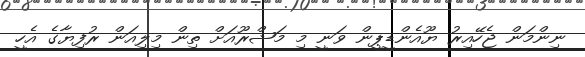
ނިންމަން ޖެހޭއިރު ޔޫއެންޑީޕީން ވަނީ މި މަޝްރޫއަށް ތިން މިލިއަން ރުފިޔާގެ އެހީ